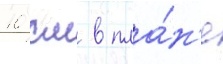
10 см в пла́н'е